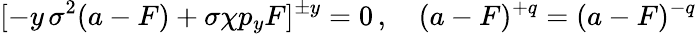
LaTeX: [-y\, \sigma^{2}(a-F)+\sigma\chi p_{y}F]^{\pm y}=0\, ,\quad(a-F)^{+q}=(a-F)^{-q}